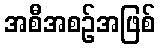
အစီအစဉ်အဖြစ်